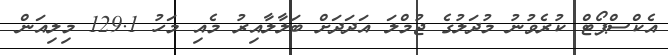
އެކްސްޕޯޓް ކުރެވުނު މުދަލުގެ ޖުމްލަ އަދަދަށް ބަލާލާއިރު މެއި މަހު 129.1 މިލިއަން